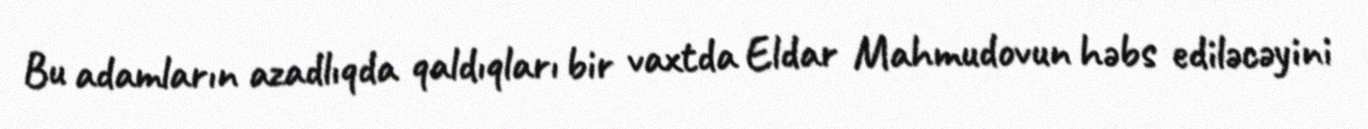
Bu adamların azadlıqda qaldıqları bir vaxtda Eldar Mahmudovun həbs ediləcəyini